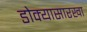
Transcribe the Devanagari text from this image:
डोक्यासारखा